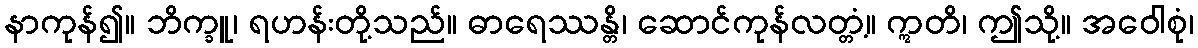
နာကုန်၍။ ဘိက္ခူ၊ ရဟန်းတို့သည်။ ဓာရေဿန္တိ၊ ဆောင်ကုန်လတ္တံ့။ ဣတိ၊ ဤသို့။ အဝေါစုံ၊